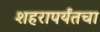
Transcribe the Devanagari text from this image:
शहरापर्यंतचा